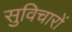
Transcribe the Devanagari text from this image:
सुविचारों